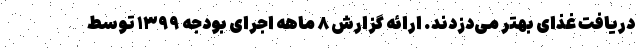
دریافت غذای بهتر می‌دزدند. ارائه گزارش ۸ ماهه‌ اجرای بودجه ۱۳۹۹ توسط